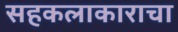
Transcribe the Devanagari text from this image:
सहकलाकाराचा